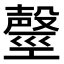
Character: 𣫒